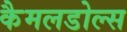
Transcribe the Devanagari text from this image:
कैमलडोल्स